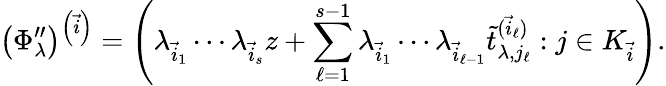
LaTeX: \left(\Phi_{\lambda}^{\prime\prime}\right)^{\left(\vec{i}\right)}=\left(\lambda_{\vec{i}_{1}}\cdots\lambda_{\vec{i}_{s}}z+\sum_{\ell=1}^{s-1}\lambda_{\vec{i}_{1}}\cdots\lambda_{\vec{i}_{\ell-1}}\widetilde{t}_{\lambda,j_{\ell}}^{(\vec{i}_{\ell})}:j\in K_{\vec{i}}\right).